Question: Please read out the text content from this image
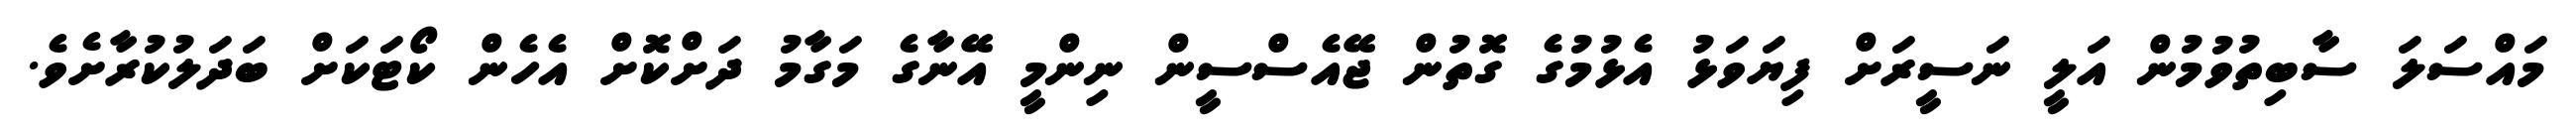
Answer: މައްސަލަ ސާބިތުވުމުން އަލީ ނަސީރަށް ފިޔަވަޅު އެޅުމުގެ ގޮތުން ޖޭއެސްސީން ނިންމީ އޭނާގެ މަގާމު ދަށްކޮށް އެހެން ކޯޓަކަށް ބަދަލުކުރާށެވެ.